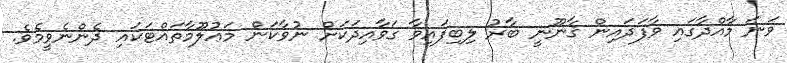
ވަނަ މާއްދާގައި ވާފަދައިން ޤާނޫނީ ބާރު ލިބިފައިވާ ގަވާއިދަކަށް ނުވާކަން މަޢުލޫމާތައްޓަކައި ދެންނެވީމެވެ.